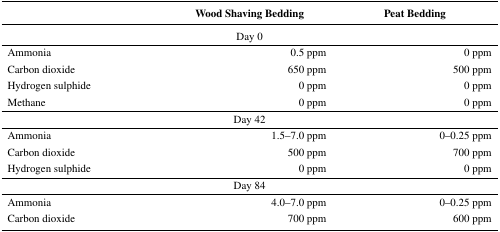
|  | Wood Shaving Bedding | Peat Bedding |
 | --- | --- | --- |
 | <COLSPAN=3> Day 0 |
 | Ammonia | 0.5 ppm | 0 ppm |
 | Carbon dioxide | 650 ppm | 500 ppm |
 | Hydrogen sulphide | 0 ppm | 0 ppm |
 | Methane | 0 ppm | 0 ppm |
 | <COLSPAN=3> Day 42 |
 | Ammonia | 1.5–7.0 ppm | 0–0.25 ppm |
 | Carbon dioxide | 500 ppm | 700 ppm |
 | Hydrogen sulphide | 0 ppm | 0 ppm |
 | <COLSPAN=3> Day 84 |
 | Ammonia | 4.0–7.0 ppm | 0–0.25 ppm |
 | Carbon dioxide | 700 ppm | 600 ppm |